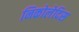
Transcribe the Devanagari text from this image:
निकोलेदिस